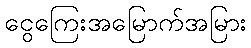
ငွေကြေးအမြောက်အမြား